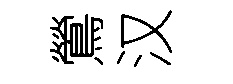
鶯汉